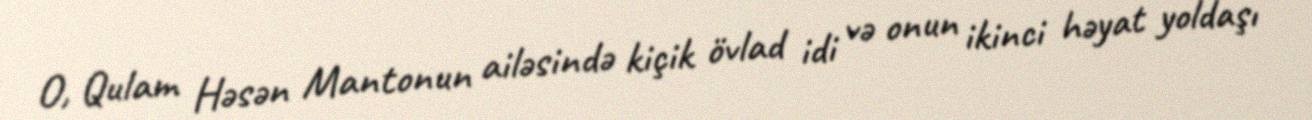
O, Qulam Həsən Mantonun ailəsində kiçik övlad idi və onun ikinci həyat yoldaşı